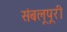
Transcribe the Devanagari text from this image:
संबलूपूरी